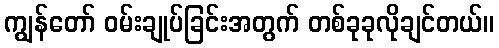
ကျွန်တော် ဝမ်းချုပ်ခြင်းအတွက် တစ်ခုခုလိုချင်တယ်။